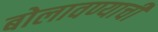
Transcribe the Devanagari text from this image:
बोलावण्याची